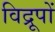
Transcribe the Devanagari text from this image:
विद्रूपों